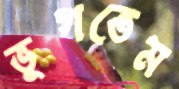
ভুগতেম